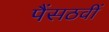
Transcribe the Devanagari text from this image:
पैंसठवीं